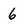
Character: 6